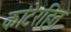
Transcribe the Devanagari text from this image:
कांटेरहित